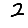
Digit: 2